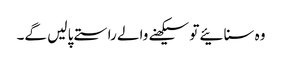
وہ سنائیے تو سیکھنے والے راستے پا لیں گے۔